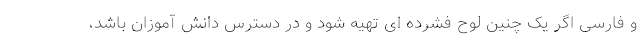
و فارسی اگر یک چنین لوح فشرده ای تهیه شود و در دسترس دانش آموزان باشد،